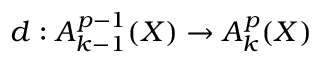
d : A _ { k - 1 } ^ { p - 1 } ( X ) \to A _ { k } ^ { p } ( X )